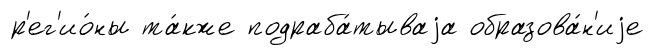
р'ег'ио́ны та́кже подраба́тываjа образова́н'иjе